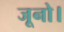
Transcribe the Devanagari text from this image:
जूनो।